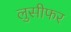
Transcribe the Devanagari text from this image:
लुसीफर